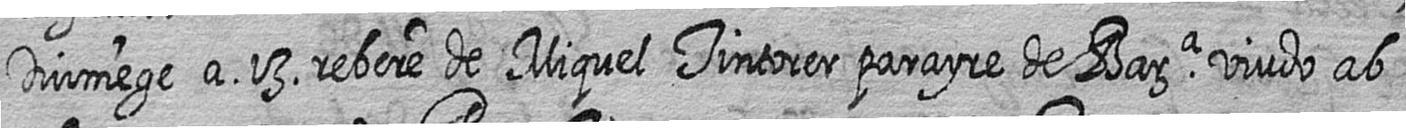
Diumege a 13 rebere de Miquel Tintorer parayre de Bara viudo ab